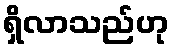
ရှိလာသည်ဟု